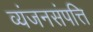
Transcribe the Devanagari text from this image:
व्यंजनसंपत्ति